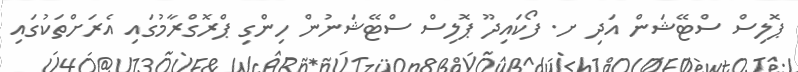
ޕޮލިސް ސްޓޭޝަން އަދި ށ. ފޯކައިދޫ ޕޮލިސް ސްޓޭޝަނުން ހިންގި ޕްރޮގްރާމުގައި އެރަށްތަކުގައި